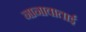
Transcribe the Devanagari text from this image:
नानावाताई